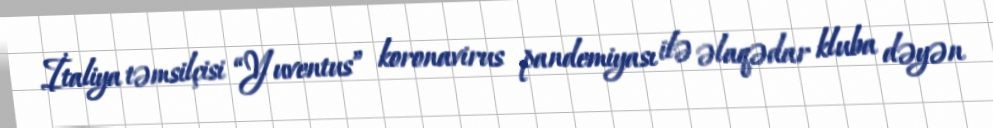
İtaliya təmsilçisi “Yuventus” koronavirus pandemiyası ilə əlaqədar kluba dəyən